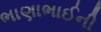
ભાણાભાઈની